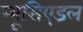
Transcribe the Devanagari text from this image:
न्यूसिएडल